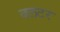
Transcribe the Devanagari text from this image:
क्लटर